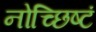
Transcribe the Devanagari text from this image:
नोच्छिष्टं